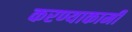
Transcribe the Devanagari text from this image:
करण्याकामी